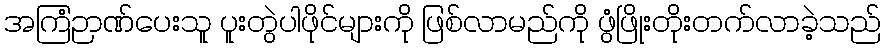
အကြံဉာဏ်ပေးသူ ပူးတွဲပါဖိုင်များကို ဖြစ်လာမည်ကို ဖွံဖြိုးတိုးတက်လာခဲ့သည်